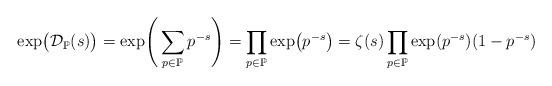
LaTeX: \begin{align*}\exp\bigr(\mathcal{D}_\mathbb{P}(s)\bigr)&=\exp\Biggr(\sum_{p\in\mathbb{P}}p^{-s}\Biggr)=\prod_{p\in\mathbb{P}}\exp\bigr({p^{-s}}\bigr)=\zeta(s)\prod_{p\in\mathbb{P}}\exp(p^{-s})(1-p^{-s})\end{align*}